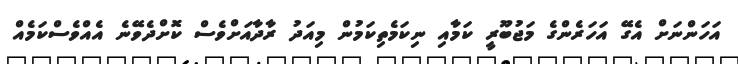
އަހަންނަށް އެގޭ އަހަރެންގެ މަޖުބޫރީ ކަމާއި ނިކަމެތިކަމުން މިއަދު ރާދާއަށްވެސް ކޮށްދެވޭނެ އެއްވެސްކަމެއް